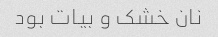
نان خشک و بیات بود